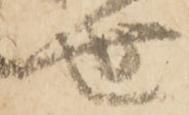
世